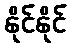
နိုင်နိုင်